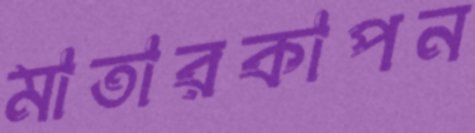
মাতারকাপন